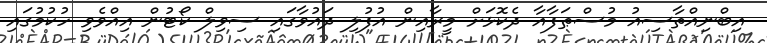
އިބްނިއްތާސިއު މުސްޠަފާއާ ދެކޮޅަށް މީރާއިން އުފުލި ދައުވާގައި ސިވިލް ކޯޓުން އިއްވެވި ހުކުމުގައި